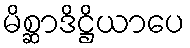
မိစ္ဆာဒိဋ္ဌိယာပေ